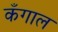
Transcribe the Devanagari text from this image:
कँगाल